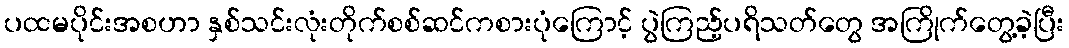
ပထမပိုင်းအစဟာ နှစ်သင်းလုံးတိုက်စစ်ဆင်ကစားပုံကြောင့် ပွဲကြည့်ပရိသတ်တွေ အကြိုက်တွေ့ခဲ့ပြီး